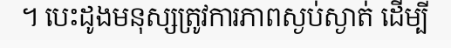
។ បេះដូងមនុស្សត្រូវការភាពស្ងប់ស្ងាត់ ដើម្បី